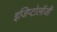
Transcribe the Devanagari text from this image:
इजिप्टोलॉजी